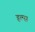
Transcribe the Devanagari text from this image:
हल्स